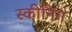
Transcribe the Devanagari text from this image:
स्कीनिंग